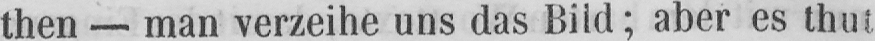
then - man verzeihe uns das Bild; aber es thut